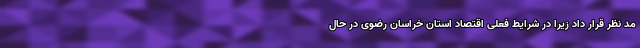
مد نظر قرار داد زیرا در شرایط فعلی اقتصاد استان خراسان رضوی در حال